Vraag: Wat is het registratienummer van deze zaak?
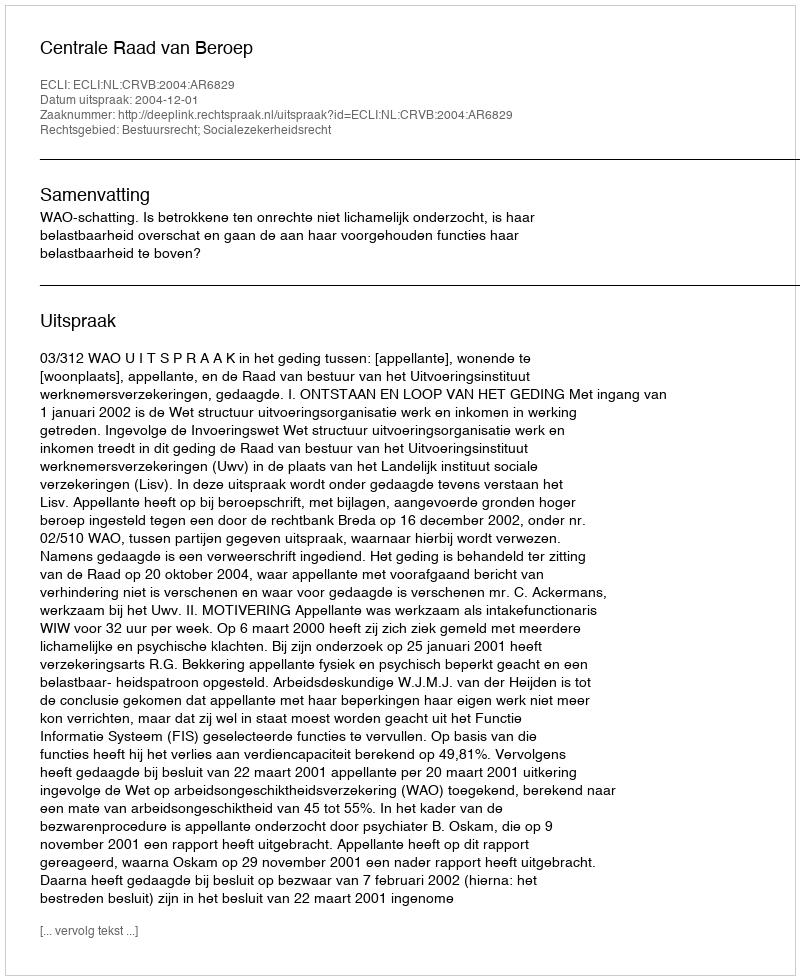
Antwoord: http://deeplink.rechtspraak.nl/uitspraak?id=ECLI:NL:CRVB:2004:AR6829